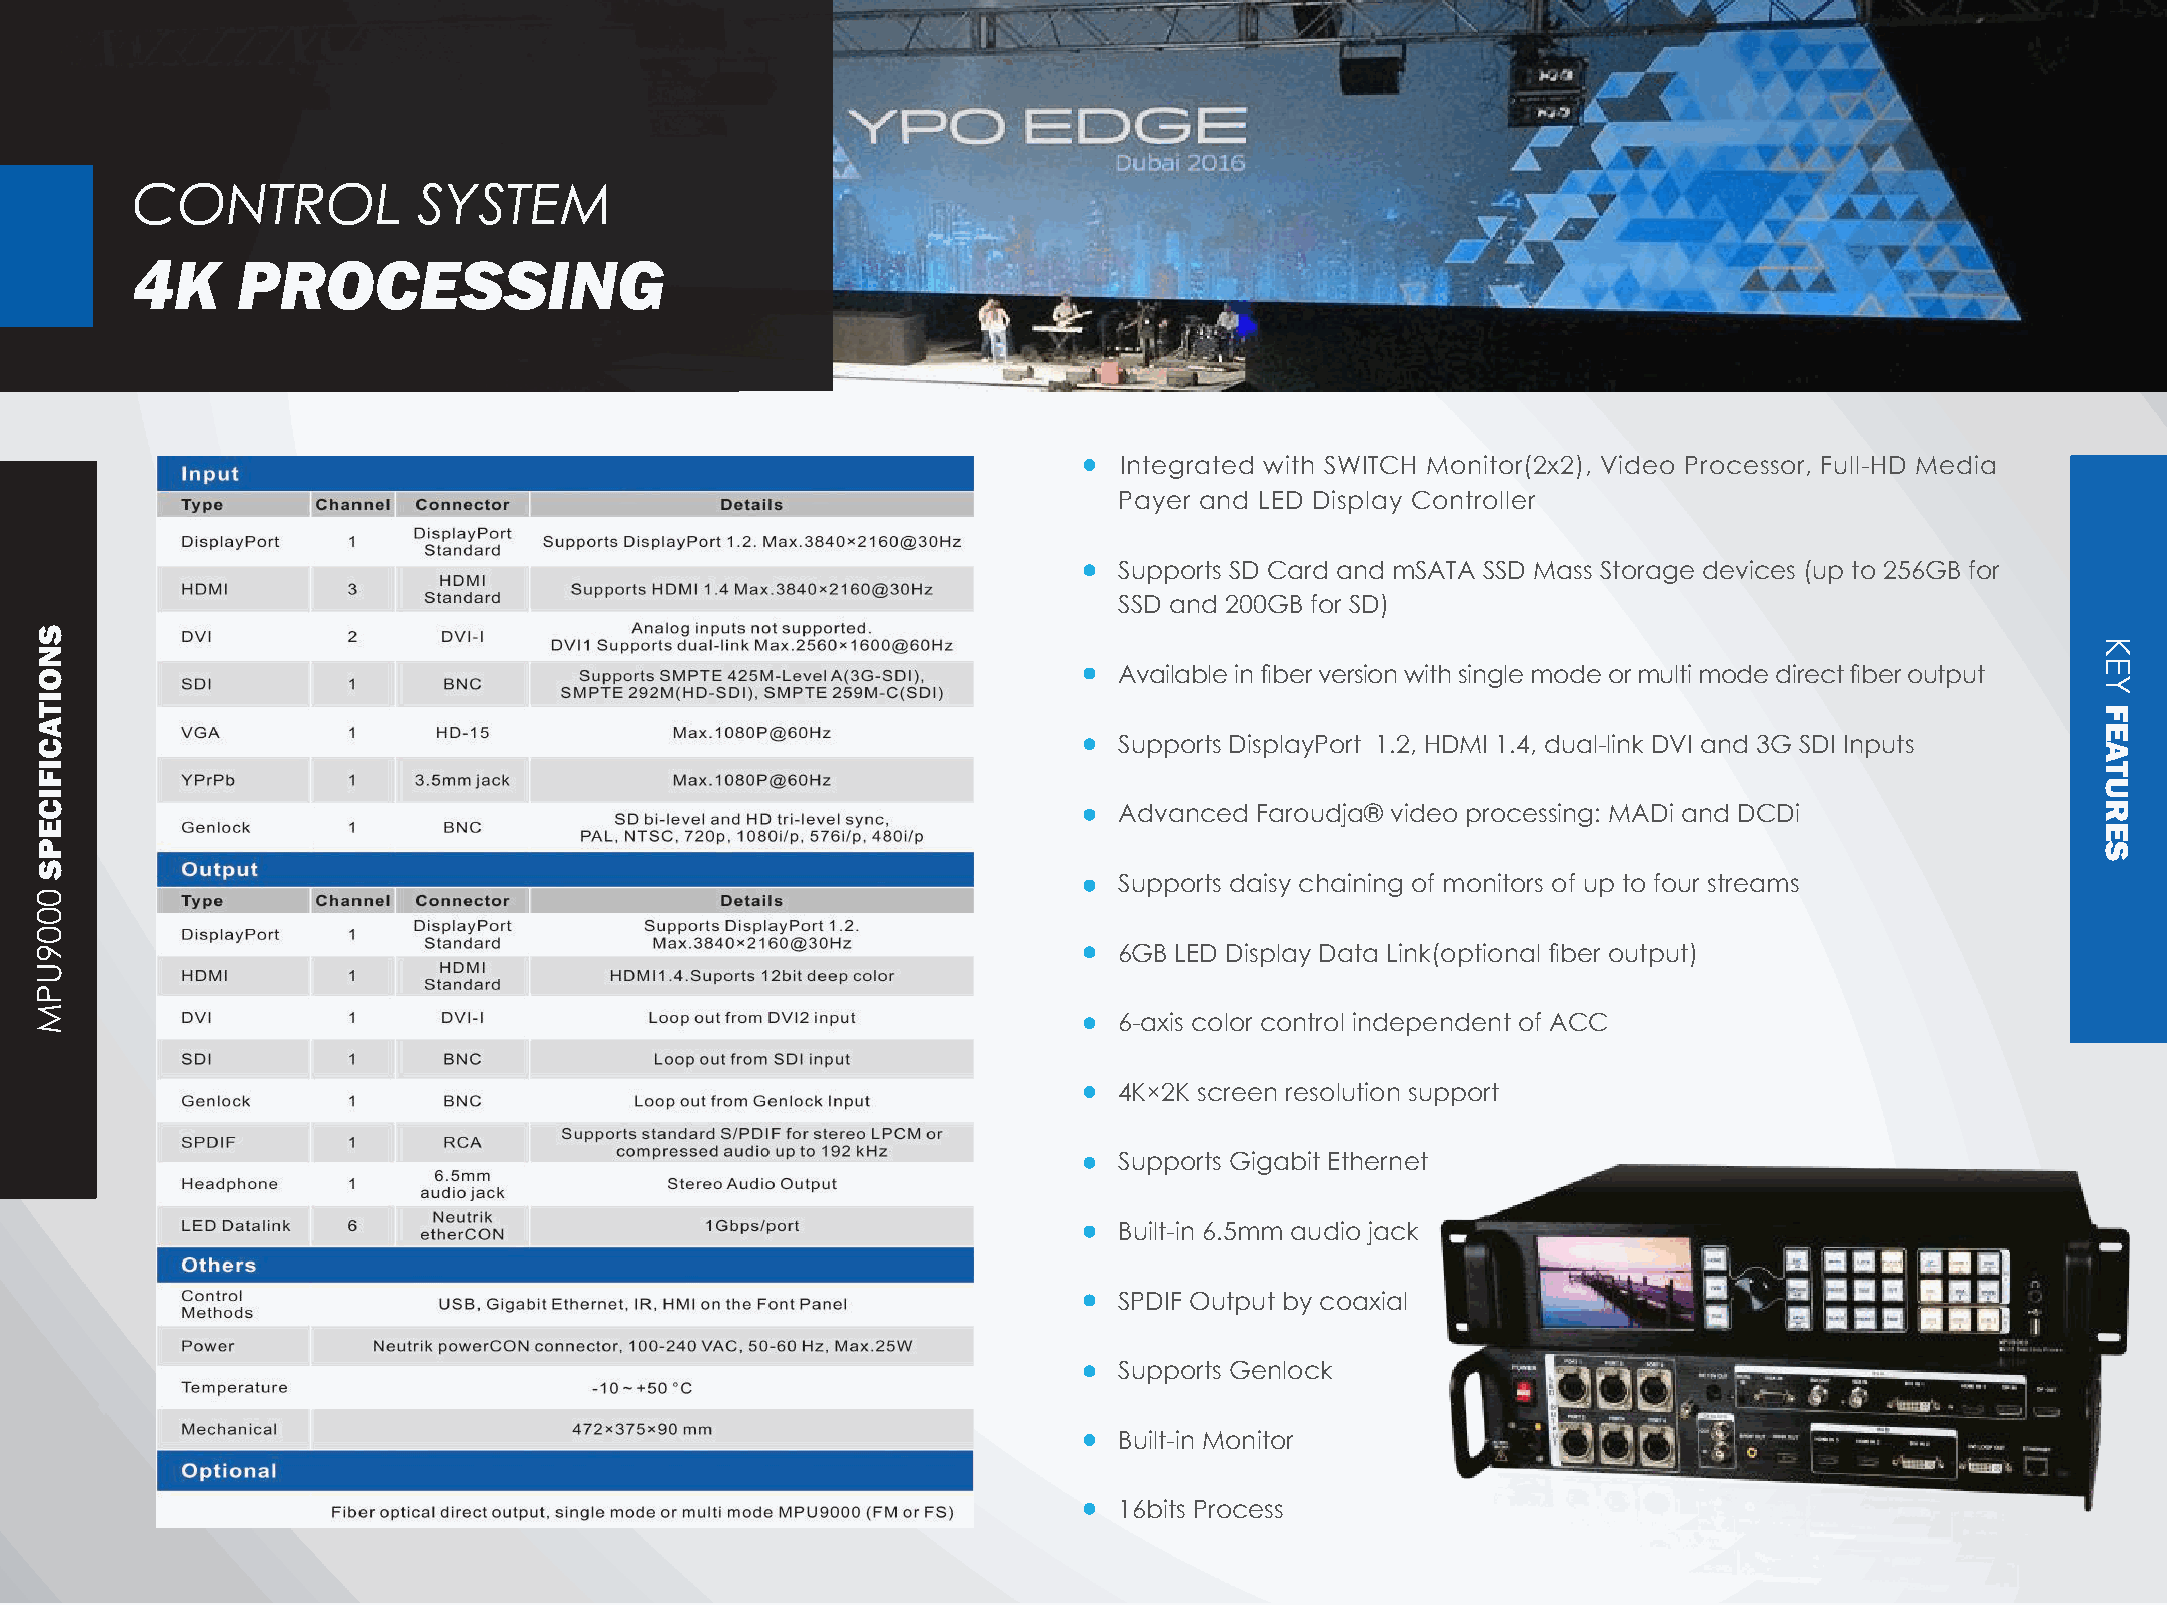
CONTROL            SYSTEM
 4K     PROCESSING
 Integrated with SWITCH Monitor(2x2), Video Processor, Full-HD Media
 Payer and LED Display Controller
 Supports SD Card and mSATA SSD Mass Storage devices (up to 256GB for
 SSD and 200GB for SD)
 Available in fiber version with single mode or multi mode direct fiber output
 Supports DisplayPort 1.2, HDMI 1.4, dual-link DVI and 3G SDI Inputs
 Advanced Faroudja® video processing: MADi and DCDi
 Supports daisy chaining of monitors of up to four streams
 6GB LED Display Data Link(optional fiber output)
 6-axis color control independent of ACC
 4K×2K screen resolution support
 Supports Gigabit Ethernet
 Built-in 6.5mm audio jack
 SPDIF Output by coaxial
 Supports Genlock
 Built-in Monitor
 16bits Process
 SNOITACIFICEPS
 0009UPM
 KEY
 FEATURES